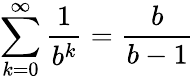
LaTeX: \sum_{k=0}^{\infty}{\frac{1}{b^{k}}}={\frac{b}{b-1}}